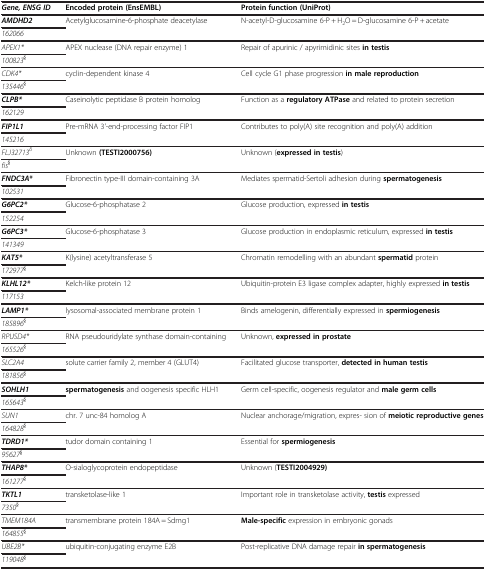
<table><thead><tr><td><b><i>Gene, ENSG ID</i></b></td><td><b>Encoded protein (EnsEMBL)</b></td><td><b>Protein function (UniProt)</b></td></tr></thead><tbody><tr><td><b><i>AMDHD2</i></b></td><td>Acetylglucosamine-6-phosphate deacetylase</td><td rowspan="2">N-acetyl-D-glucosamine 6-P + H<sub>2</sub>O = D-glucosamine 6-P + acetate</td></tr><tr><td><i>162066</i></td><td> </td></tr><tr><td><i>APEX1*</i></td><td>APEX nuclease (DNA repair enzyme) 1</td><td rowspan="2">Repair of apurinic / apyrimidinic sites <b>in testis</b></td></tr><tr><td><i>100823</i><sup><i>§</i></sup></td><td> </td></tr><tr><td><i>CDK4*</i></td><td>cyclin-dependent kinase 4</td><td rowspan="2">Cell cycle G1 phase progression <b>in male reproduction</b></td></tr><tr><td><i>135446</i><sup><i>§</i></sup></td><td> </td></tr><tr><td><b><i>CLPB*</i></b></td><td>Caseinolytic peptidase B protein homolog</td><td rowspan="2">Function as a <b>regulatory ATPase</b> and related to protein secretion</td></tr><tr><td><i>162129</i></td><td> </td></tr><tr><td><b><i>FIP1L1</i></b></td><td>Pre-mRNA 3&#x27;-end-processing factor FIP1</td><td rowspan="2">Contributes to poly(A) site recognition and poly(A) addition</td></tr><tr><td><i>145216</i></td><td> </td></tr><tr><td><i>FLJ32713</i><sup><i>δ</i></sup></td><td>Unknown <b>(TESTI2000756)</b></td><td rowspan="2">Unknown (<b>expressed in testis</b>)</td></tr><tr><td><i>fis</i><sup><b><i>§</i></b></sup></td><td> </td></tr><tr><td><b><i>FNDC3A*</i></b></td><td>Fibronectin type-III domain-containing 3A</td><td rowspan="2">Mediates spermatid-Sertoli adhesion during <b>spermatogenesis</b></td></tr><tr><td><i>102531</i></td><td> </td></tr><tr><td><b><i>G6PC2*</i></b></td><td>Glucose-6-phosphatase 2</td><td rowspan="2">Glucose production, expressed <b>in testis</b></td></tr><tr><td><i>152254</i></td><td> </td></tr><tr><td><b><i>G6PC3*</i></b></td><td>Glucose-6-phosphatase 3</td><td rowspan="2">Glucose production in endoplasmic reticulum, expressed <b>in testis</b></td></tr><tr><td><i>141349</i></td><td> </td></tr><tr><td><b><i>KAT5*</i></b></td><td>K(lysine) acetyltransferase 5</td><td rowspan="2">Chromatin remodelling with an abundant <b>spermatid</b> protein</td></tr><tr><td><i>172977</i><sup><i>§</i></sup></td><td> </td></tr><tr><td><b><i>KLHL12*</i></b></td><td>Kelch-like protein 12</td><td rowspan="2">Ubiquitin-protein E3 ligase complex adapter, highly expressed <b>in testis</b></td></tr><tr><td><i>117153</i></td><td> </td></tr><tr><td><b><i>LAMP1*</i></b></td><td>lysosomal-associated membrane protein 1</td><td rowspan="2">Binds amelogenin, differentially expressed in <b>spermiogenesis</b></td></tr><tr><td><i>185896</i><sup><i>§</i></sup></td><td> </td></tr><tr><td><i>RPUSD4*</i></td><td>RNA pseudouridylate synthase domain-containing</td><td rowspan="2">Unknown, <b>expressed in prostate</b></td></tr><tr><td><i>165526</i><sup><i>§</i></sup></td><td> </td></tr><tr><td><i>SLC2A4</i></td><td>solute carrier family 2, member 4 (GLUT4)</td><td rowspan="2">Facilitated glucose transporter, <b>detected in human testis</b></td></tr><tr><td><i>181856</i><sup><i>§</i></sup></td><td> </td></tr><tr><td><b><i>SOHLH1</i></b></td><td><b>spermatogenesis</b> and oogenesis specific HLH1</td><td rowspan="2">Germ cell-specific, oogenesis regulator and <b>male germ cells</b></td></tr><tr><td><i>165643</i><sup><i>§</i></sup></td><td> </td></tr><tr><td><i>SUN1</i></td><td>chr. 7 unc-84 homolog A</td><td rowspan="2">Nuclear anchorage/migration, expres- sion of <b>meiotic reproductive genes</b></td></tr><tr><td><i>164828</i><sup><i>§</i></sup></td><td> </td></tr><tr><td><b><i>TDRD1*</i></b></td><td>tudor domain containing 1</td><td rowspan="2">Essential for <b>spermiogenesis</b></td></tr><tr><td><i>95627</i><sup><i>§</i></sup></td><td> </td></tr><tr><td><b><i>THAP8*</i></b></td><td>O-sialoglycoprotein endopeptidase</td><td rowspan="2">Unknown (<b>TESTI2004929)</b></td></tr><tr><td><i>161277</i><sup><i>§</i></sup></td><td> </td></tr><tr><td><b><i>TKTL1</i></b></td><td>transketolase-like 1</td><td rowspan="2">Important role in transketolase activity, <b>testis</b> expressed</td></tr><tr><td><i>7350</i><sup><i>§</i></sup></td><td> </td></tr><tr><td><i>TMEM184A</i></td><td>transmembrane protein 184A = Sdmg1</td><td rowspan="2"><b>Male-specific</b> expression in embryonic gonads</td></tr><tr><td><i>164855</i><sup><i>§</i></sup></td><td> </td></tr><tr><td><i>UBE2B*</i></td><td>ubiquitin-conjugating enzyme E2B</td><td rowspan="2">Post-replicative DNA damage repair <b>in spermatogenesis</b></td></tr><tr><td><i>119048</i><sup><i>§</i></sup></td><td> </td></tr></tbody></table>